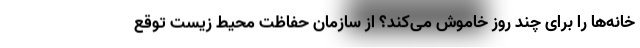
خانه‌ها را برای چند روز خاموش می‌کند؟ از سازمان حفاظت محیط زیست توقع